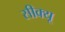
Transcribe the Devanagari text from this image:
सीक्यू